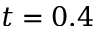
t = 0 . 4